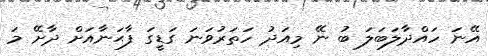
އޭނަ ހައްދާލަބަަލަ ބު ނޭ މިއަދު ހަތަރުވަނަ ގަޑީގަ ފާޙަނާއަށް ދާށޭ މަ